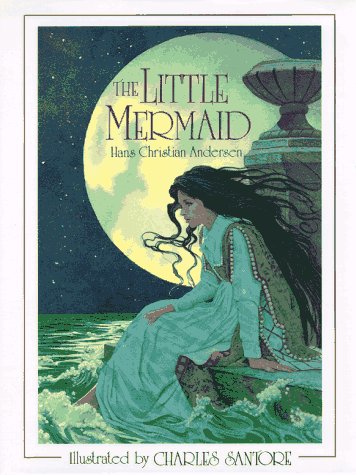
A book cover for The Little Mermaid; Hans Christian Andersen; Children's Books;